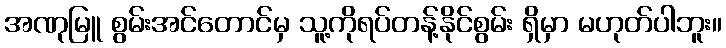
အဏုမြူ စွမ်းအင်တောင်မှ သူ့ကိုရပ်တန့်နိုင်စွမ်း ရှိမှာ မဟုတ်ပါဘူး။